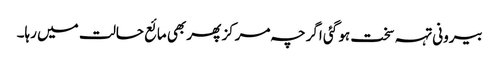
بیرونی تہہ سخت ہو گئی اگرچہ مرکز پھر بھی مائع حالت میں رہا۔